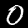
Digit: 0